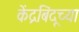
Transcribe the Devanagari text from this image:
केंद्रबिंदूच्या